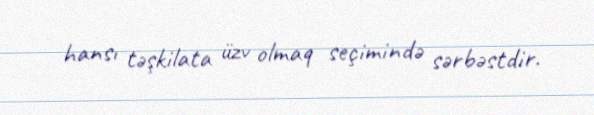
hansı təşkilata üzv olmaq seçimində sərbəstdir.